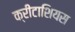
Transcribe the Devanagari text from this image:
क्रीटाशियस